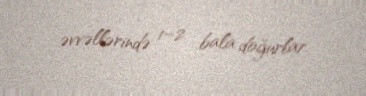
əvvəllərində 1–2 bala doğurlar.